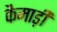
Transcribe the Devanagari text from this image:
कैमाड़ी